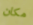
مكان